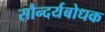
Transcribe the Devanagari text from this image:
सौन्दर्यबोधक